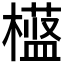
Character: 𬄱